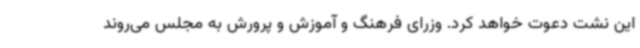
این نشت دعوت خواهد کرد. وزرای فرهنگ و آموزش و پرورش به مجلس می‌روند